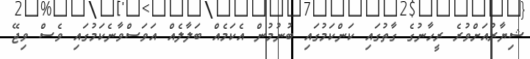
ޝިޔާރުއަށްވުރެ ރީހާނުގެ ގާތުގައި ކަންކަމުގައި ބުނުމުން އެކަމެއް ބަލާލެއް އަވަސްވާނެކަމުގައި ވެސް ވިޖޭ